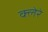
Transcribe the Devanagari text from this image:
क्लेरे